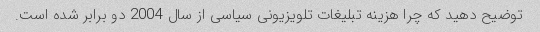
توضیح دهید که چرا هزینه تبلیغات تلویزیونی سیاسی از سال 2004 دو برابر شده است.